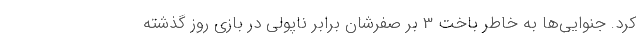
کرد. جنوایی‌ها به خاطر باخت 3 بر صفرشان برابر ناپولی در بازی روز گذشته